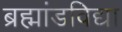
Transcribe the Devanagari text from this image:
ब्रह्मांडविद्या